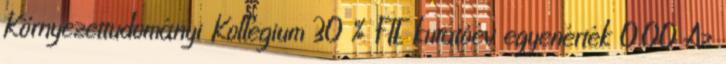
Környezettudományi Kollégium 30 % FTE kutatóév egyenérték 0.00 Az